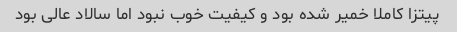
پیتزا کاملا خمیر شده بود و کیفیت خوب نبود اما سالاد عالی بود